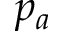
p _ { a }